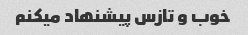
خوب و تازس پیشنهاد میکنم